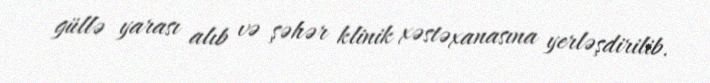
güllə yarası alıb və şəhər klinik xəstəxanasına yerləşdirilib.